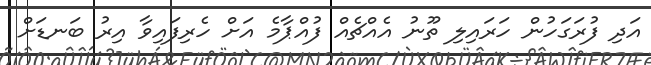
އަދި ފުރަގަހުން ހަރައިލި ތޫނު އެއްޗެއް ފުއްޕާމެ އަށް ހެރިފައިވާ އިރު ބަނޑަށް